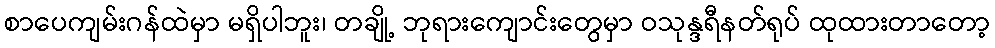
စာပေကျမ်းဂန်ထဲမှာ မရှိပါဘူး၊ တချို့ ဘုရားကျောင်းတွေမှာ ဝသုန္ဒရီနတ်ရုပ် ထုထားတာတော့